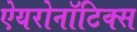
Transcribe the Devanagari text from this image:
ऐयरोनॉटिक्स